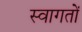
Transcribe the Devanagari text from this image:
स्वागतों